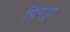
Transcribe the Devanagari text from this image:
पिण्‍ड्रा